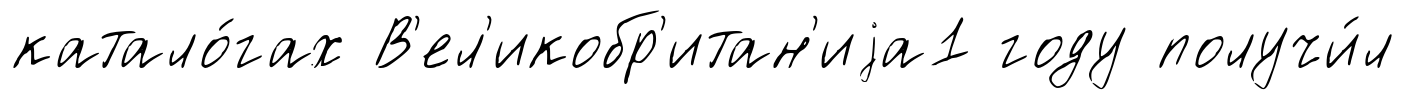
катало́гах В'ел'икобр'итан'иjа1 году получи́л